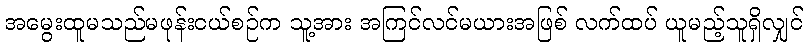
အမွေးထူမသည်မဖုန်းငယ်စဉ်က သူ့အား အကြင်လင်မယားအဖြစ် လက်ထပ် ယူမည့်သူရှိလျှင်